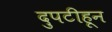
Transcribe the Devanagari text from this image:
दुपटीहून